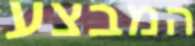
המבצע